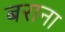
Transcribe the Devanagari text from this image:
बराना